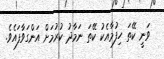
ވަނީ ކޭތަ ހިފުމާއެކު ކޭތަ ނަމާދު ކުރުމަށް އަންގަވާފައެވެ.